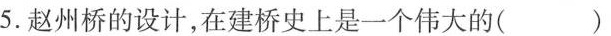
5.赵州桥的设计，在建桥史上是一个伟大的（ ）